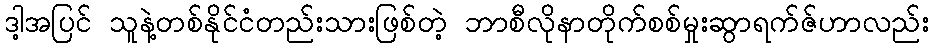
ဒါ့အပြင် သူနဲ့တစ်နိုင်ငံတည်းသားဖြစ်တဲ့ ဘာစီလိုနာတိုက်စစ်မှုးဆွာရက်ဇ်ဟာလည်း